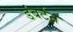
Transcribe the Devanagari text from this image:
डंबर्टन